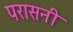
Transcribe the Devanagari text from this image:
परासनी